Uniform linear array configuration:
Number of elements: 24
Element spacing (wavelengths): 0.75
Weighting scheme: blackman
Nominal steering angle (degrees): -30
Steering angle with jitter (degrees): -30.789
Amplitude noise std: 0.05
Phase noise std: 0.05

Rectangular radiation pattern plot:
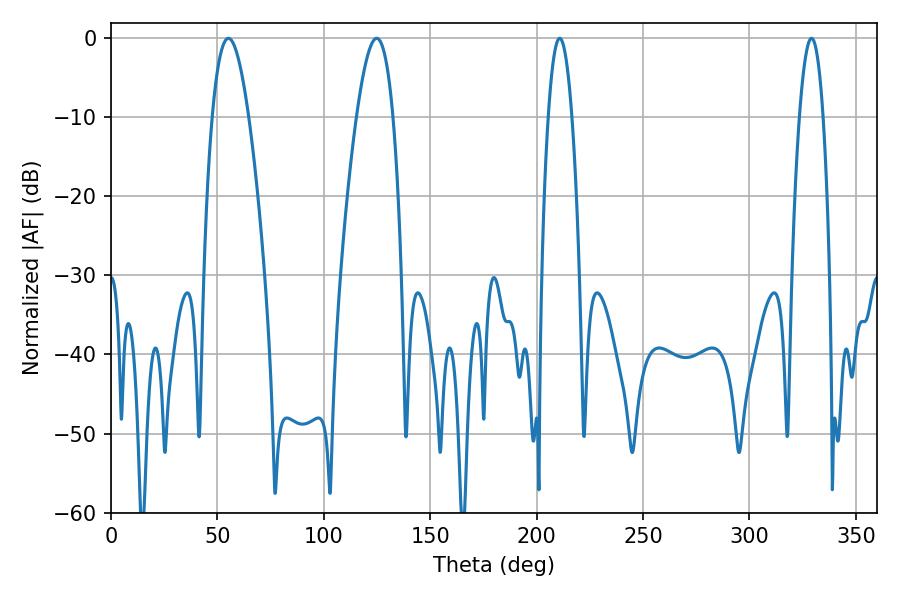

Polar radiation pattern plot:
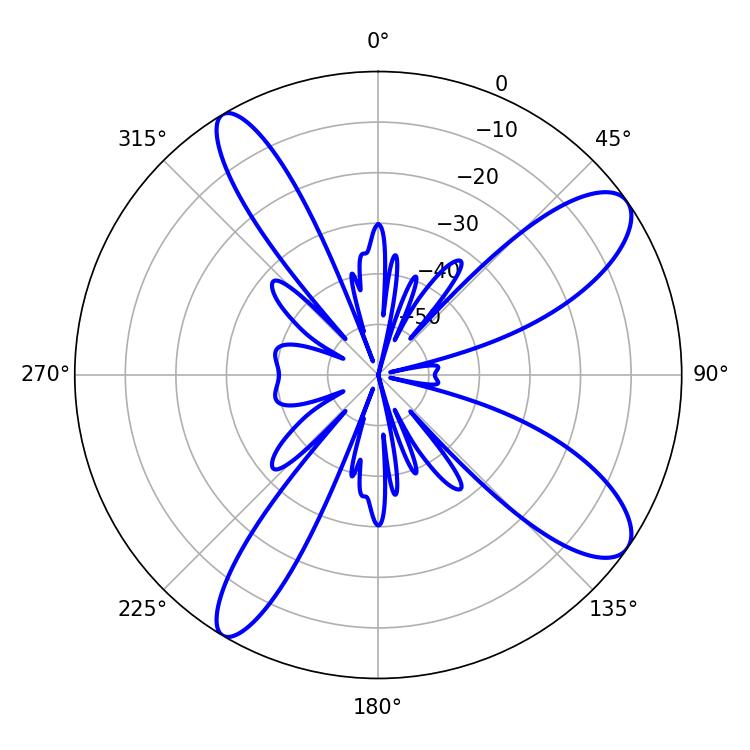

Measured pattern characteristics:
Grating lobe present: TRUE
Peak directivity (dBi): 10.653
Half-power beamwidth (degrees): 6.12
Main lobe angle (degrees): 210.78